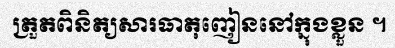
ត្រួតពិនិត្យសារធាតុញៀននៅក្នុងខ្លួន ។